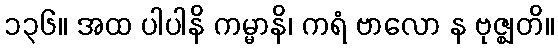
၁၃၆။ အထ ပါပါနိ ကမ္မာနိ၊ ကရံ ဗာလော န ဗုဇ္ဈတိ။